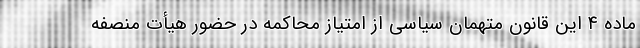
ماده ۴ این قانون متهمان سیاسی از امتیاز محاکمه در حضور هیأت منصفه